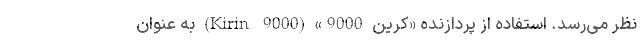
نظر می‌رسد. استفاده از پردازنده «کرین 9000» (Kirin 9000) به عنوان